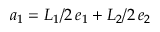
\boldsymbol a _ { 1 } = L _ { 1 } / 2 \, \boldsymbol e _ { 1 } + L _ { 2 } / 2 \, \boldsymbol e _ { 2 }